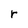
Character: r